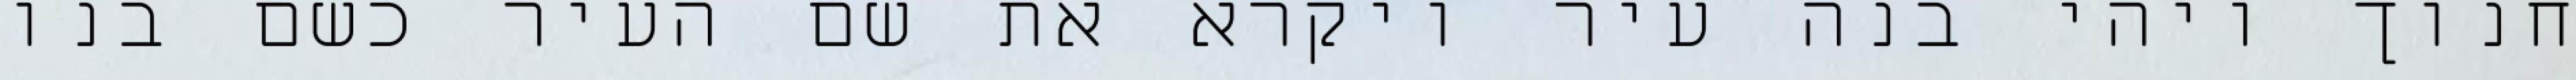
חנוך ויהי בנה עיר ויקרא את שם העיר כשם בנו